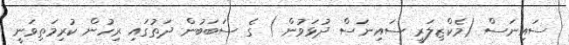
ސައިނަސް (މެކްޒިލަރީ ސައިނަސް ދުޅަވުން ) ގެ ސަބަބުން ދަތުގައި ރިހުން ކުރިމަތިވަނީ